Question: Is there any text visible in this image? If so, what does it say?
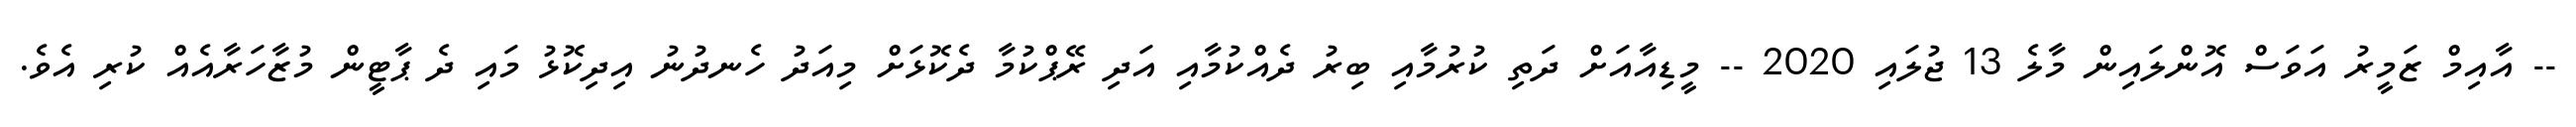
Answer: -- އާއިމް ޒަމީރު އަވަސް އޮންލައިން މާލެ 13 ޖުލައި 2020 -- މީޑިއާއަށް ދަތި ކުރުމާއި ބިރު ދެއްކުމާއި އަދި ރޭޕްކުމާ ދެކޮޅަށް މިއަދު ހެނދުނު އިދިކޮޅު މައި ދެ ޕާޓީން މުޒާހަރާއެއް ކުރި އެވެ.